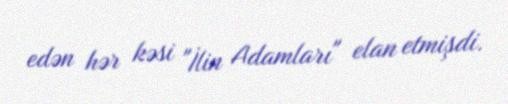
edən hər kəsi "İlin Adamları" elan etmişdi.